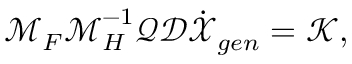
\boldsymbol { \mathcal { M } } _ { F } \boldsymbol { \mathcal { M } } _ { H } ^ { - 1 } \boldsymbol { \mathcal { Q } } \boldsymbol { \mathcal { D } } \dot { \boldsymbol { \mathcal { X } } } _ { g e n } = \boldsymbol { \mathcal { K } } ,